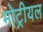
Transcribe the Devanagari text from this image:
मोट्रीयल